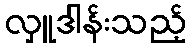
လှူဒါန်းသည့်